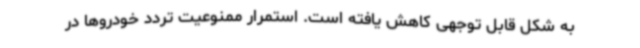
به شکل قابل توجهی کاهش یافته است. استمرار ممنوعیت تردد خودروها در